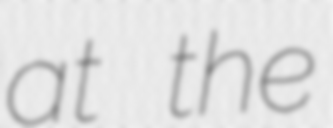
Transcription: at the